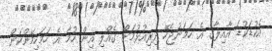
އެކުޑަކުޑަ އާއިލާގެ އެ ހަމަނުޖެހޭ ދިރިއުޅުމަށް ގެއްލި އިން ހުމާ އެ ހަމަހިމޭންކަން